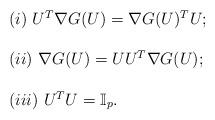
LaTeX: \begin{align*}\left.\begin{array}{l}(i)\,\,U^T\nabla G(U)=\nabla G(U)^TU; \\ \\(ii)\,\,\nabla G(U)=UU^T\nabla G(U); \\\\(iii)\,\,U^TU=\mathbb{I}_p.\end{array}\right.\end{align*}